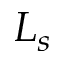
L _ { s }